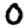
Digit: 0